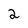
Character: 2